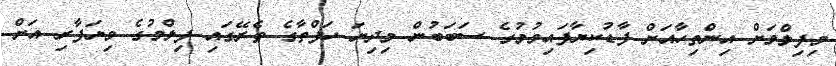
މިފިލްމަށް އިންތިހާއަށް ފާޑުކިޔާފައިވުމުގެ ސަބަބުން މިދިޔަ ހަފްތާގެ ތެރޭގައި ފިލްމުގެ ވިޔަފާރި އަށް